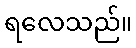
ရလေသည်။